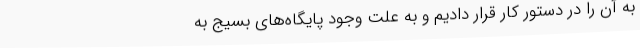
به آن را در دستور کار قرار دادیم و به علت وجود پایگاه‌های بسیج به